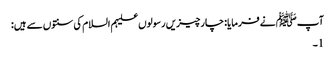
آپﷺ نے فرمایا: چارچیزیں رسولوں علیہم السلام کی سنتوں سے ہیں:
1۔